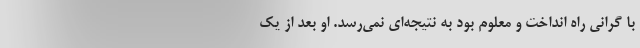
با گرانی راه انداخت و معلوم بود به نتیجه‌ای نمی‌رسد. او بعد از یک